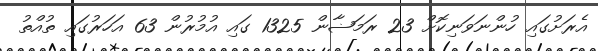
އެރަށުގައި ހުންނަވަނިކޮށް 23 ރަމަޟާން 1325 ގައި އުމުރުން 63 އަހަރުގައި ތުއްތު